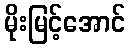
မိုးမြင့်အောင်